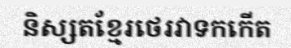
និស្សតខ្មែរថេរវាទកកើត